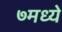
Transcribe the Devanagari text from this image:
७मध्ये